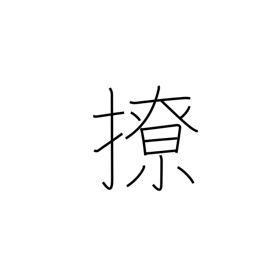
Meaning: disorder